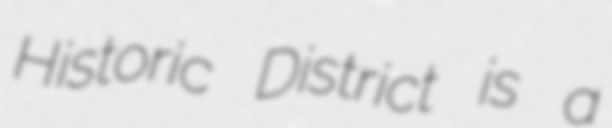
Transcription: Historic District is a